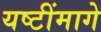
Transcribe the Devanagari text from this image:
यष्टींमागे